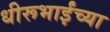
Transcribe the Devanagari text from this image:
धीरूभाईंच्या